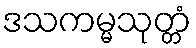
ဒသကမ္မသုတ္တံ